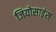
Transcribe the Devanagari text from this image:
जियोसाइंस